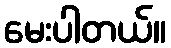
မေးပါတယ်။